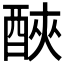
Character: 𨠿